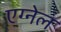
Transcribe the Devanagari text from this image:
एग्नेल